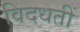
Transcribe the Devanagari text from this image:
विदधतीं